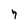
Character: 7